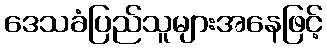
ဒေသခံပြည်သူများအနေဖြင့်